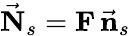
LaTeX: \vec{\mathbf N}_{s}={\mathbf F}\, \vec{\mathbf n}_{s}